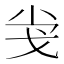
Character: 𢦢